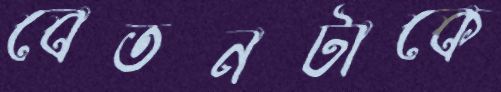
বেতনটাকে